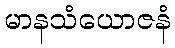
မာနသံယောဇနံ